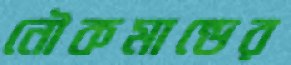
নৌকমান্ডের